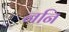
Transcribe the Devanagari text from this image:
ननि